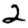
Digit: 2